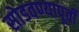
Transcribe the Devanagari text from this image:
सोडवण्यापूर्वी